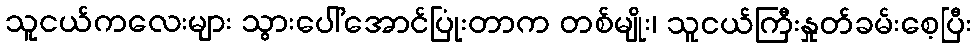
သူငယ်ကလေးများ သွားပေါ်အောင်ပြုံးတာက တစ်မျိုး၊ သူငယ်ကြီးနှုတ်ခမ်းစေ့ပြီး